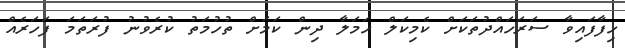
ހިފާފައިވާ ސަރަހައްދުތަކަށް ކެމިކަލް ހަމަލާ ދިން ކަމަށް ތުހުމަތު ކުރެވުނު ފުރަތަމަ ފަހަރެއް